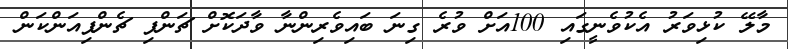
މާލޭ ކުޅިވަރު އެކުވެނީގައި 100އަށް ވުރެ ގިނަ ބައިވެރިންނާ ވާދަކޮށް ޗަންޕި ޗެންޕިއަންކަން